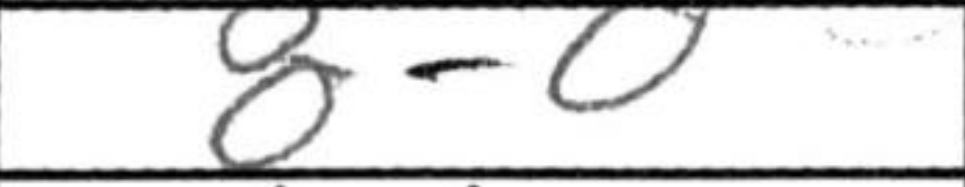
Transcription: O-O